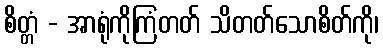
စိတ္တံ - အာရုံကိုကြံတတ် သိတတ်သောစိတ်ကို၊